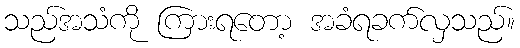
သည်အသံကို ကြားရတော့ အခံရခက်လှသည်။